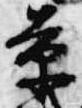
景